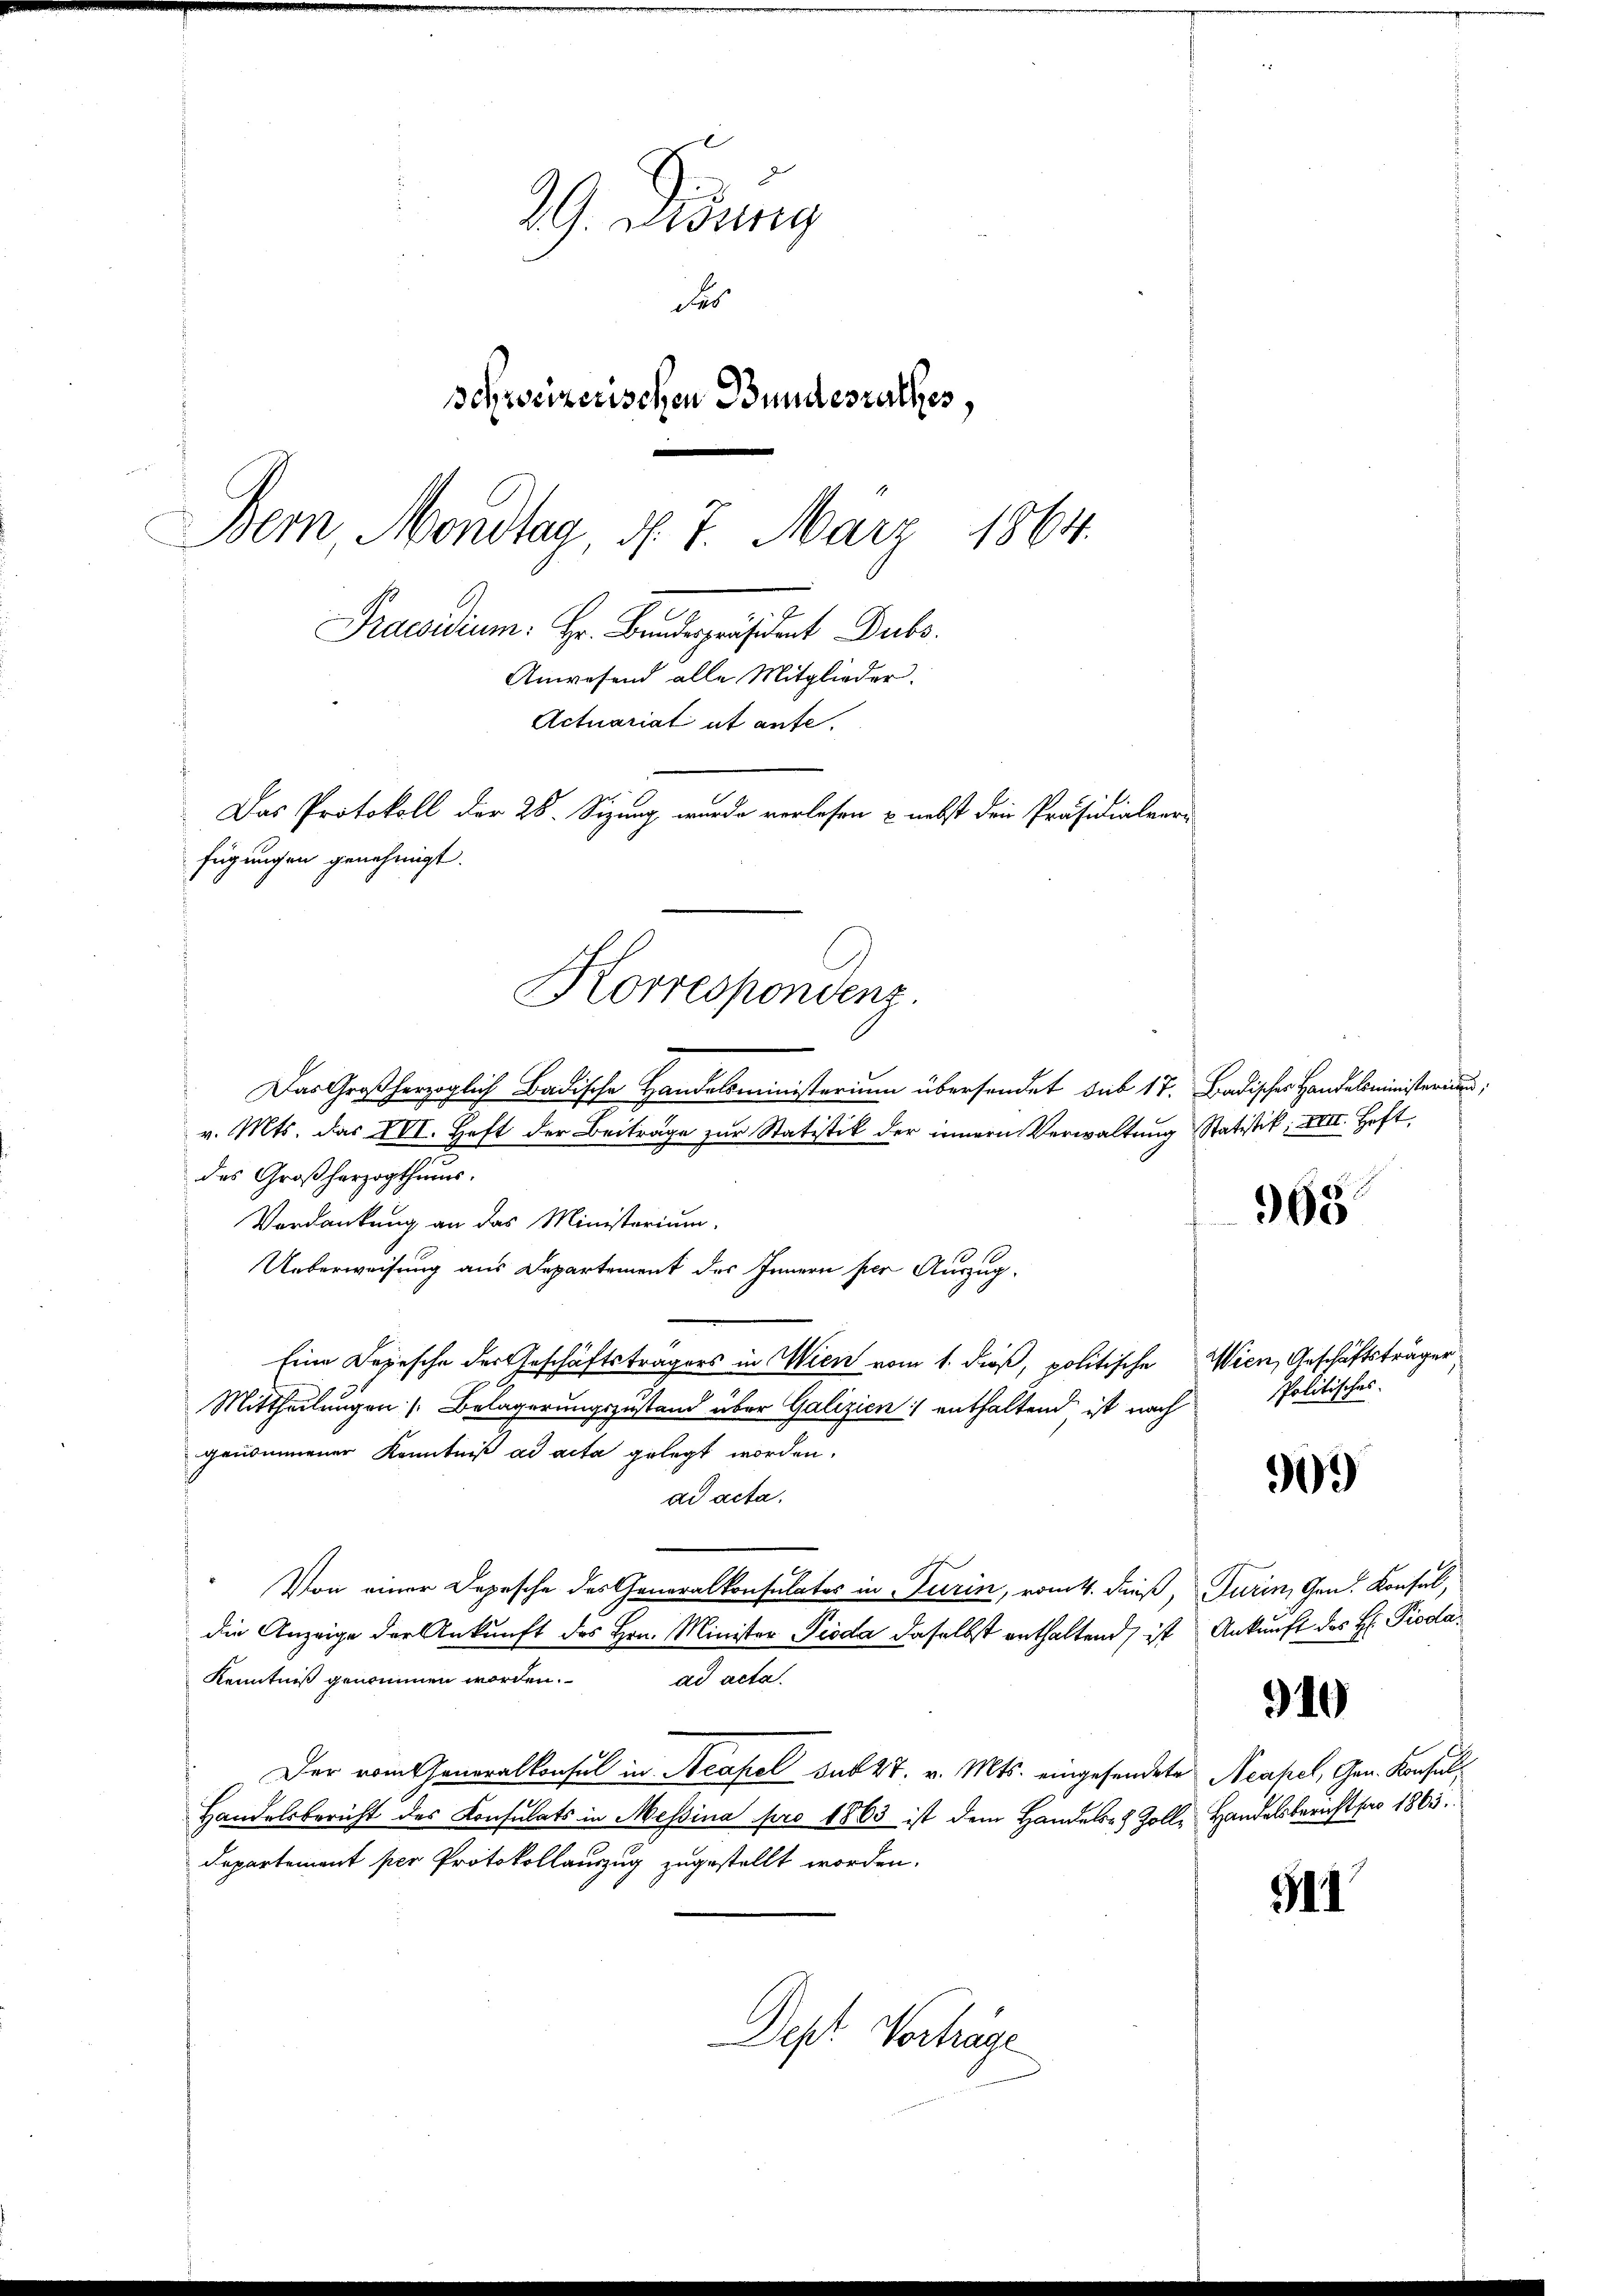
29. Diedung
des
schweizerischen Bundesrathes,

Bern Mondtag d. 7. März

Das Protokoll der 28. Sizung wurde verlesen & nebst den Präsidialver-
fügungen genehmigt.
Korrespondenz.

s
Praesidium: Hr. Bundespräsident Dubs
Anwesend alle Mitglieder.
Actuariat ut aufe.

1864.

Das Großherzoglich Badische Handelsministerium übersendet das 17. Badischer Handelsministerium,
v. Mts. das XVI. Heft der Beitrage zur Statistik der innern Verwaltung Statistik; XVII. Heft,
des Großherzogthums.
Verdankung an das Ministerium.
1
Ueberweisung aus Departement des Innern per Auszug.
Eine Depesche der Geschäftsträgers in Wien vom 1. dieß, politische Wien, Geschäftsträger,
Mittheilungen Belagerungszustand über Galizien) enthaltend ist nach
genommener Kenntniß ad acta gelegt worden.
ad acta.
Von einer Depesche des Generalkonsulates in Turin, vom 4. dieß, Turin, Gen. Konsul,
die Anzeige der Ankunft des Hrn. Minister Pioda daselbst enthaltend ist Ankunft des H: Pioda¬
Kenntniß genommen worden.
ad acta.
Der vom Generalkonsul in Acapel sub 27. v. Mts. eingesendete Neapel, Gen. Konsul¬
Handelsbericht des Konsulats in Messina pro 1863 ist dem Handels- & Zolle Handelsbericht pro 1863.
Departement per Protokollauszug zugestellt worden.
Dept. Verträge

368

politisches.

909)

910

511